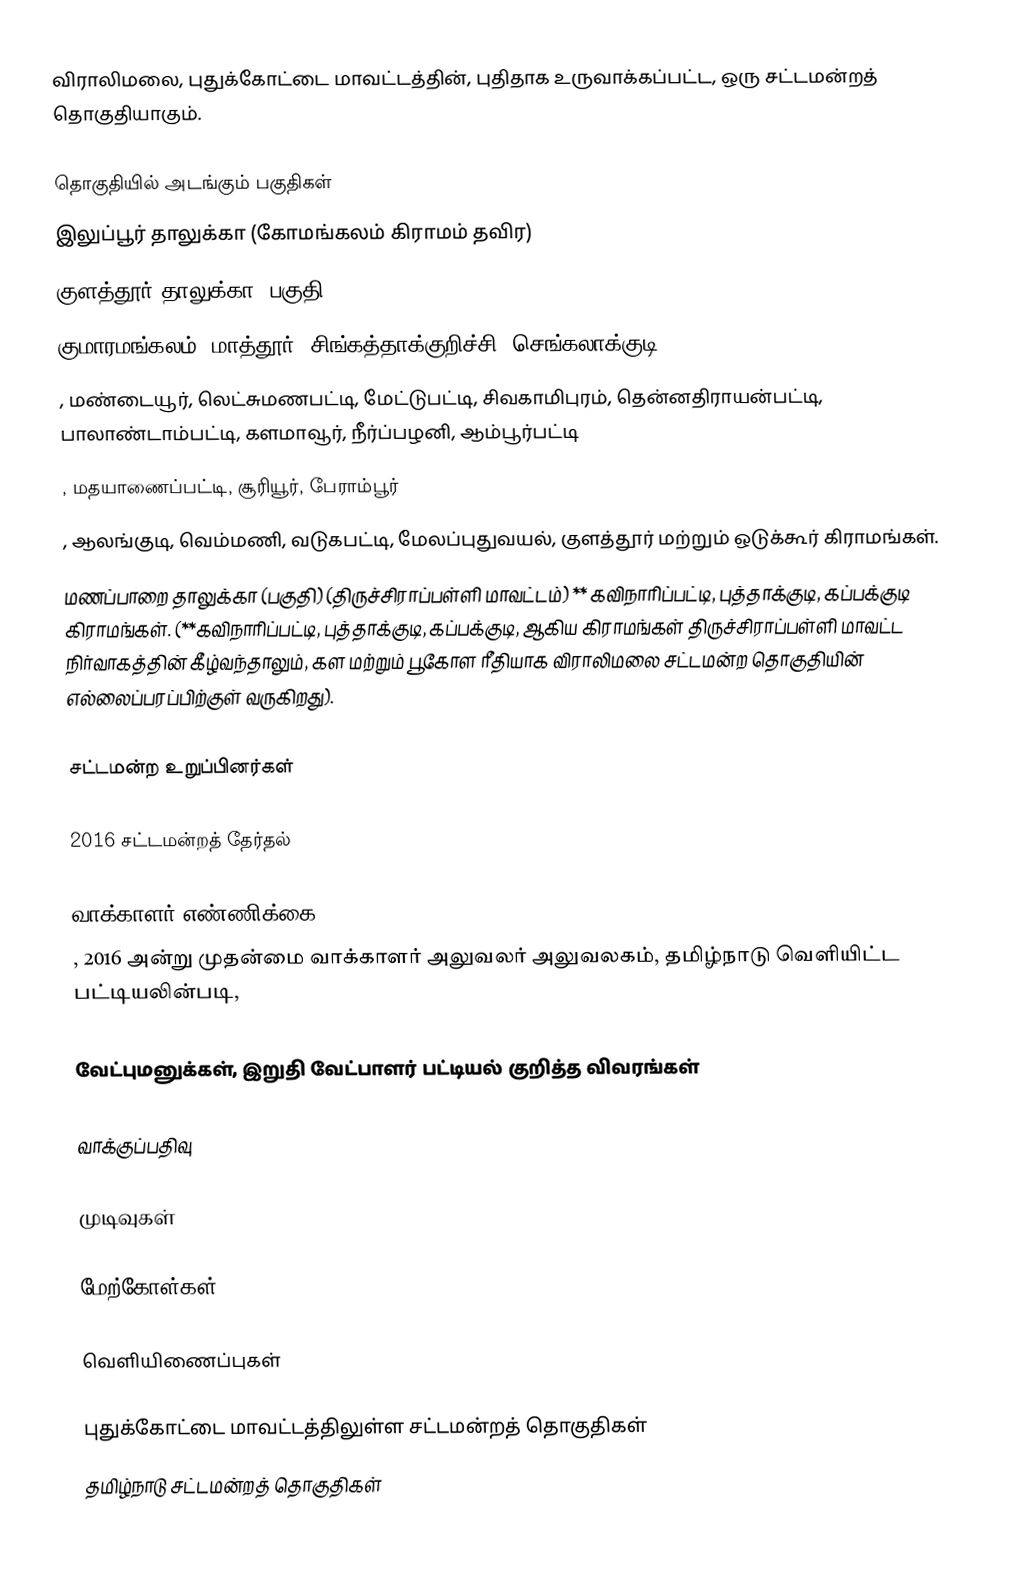
விராலிமலை, புதுக்கோட்டை மாவட்டத்தின், புதிதாக உருவாக்கப்பட்ட, ஒரு சட்டமன்றத் தொகுதியாகும்.

தொகுதியில் அடங்கும் பகுதிகள்
இலுப்பூர் தாலுக்கா (கோமங்கலம் கிராமம் தவிர)
குளத்தூர் தாலுக்கா (பகுதி)
குமாரமங்கலம், மாத்தூர், சிங்கத்தாக்குறிச்சி, செங்கலாக்குடி
, மண்டையூர், லெட்சுமணபட்டி, மேட்டுபட்டி, சிவகாமிபுரம், தென்னதிராயன்பட்டி, பாலாண்டாம்பட்டி, களமாவூர், நீர்ப்பழனி, ஆம்பூர்பட்டி
, மதயாணைப்பட்டி, சூரியூர், பேராம்பூர்
, ஆலங்குடி, வெம்மணி, வடுகபட்டி, மேலப்புதுவயல், குளத்தூர் மற்றும் ஒடுக்கூர் கிராமங்கள்.
மணப்பாறை தாலுக்கா (பகுதி) (திருச்சிராப்பள்ளி மாவட்டம்) ** கவிநாரிப்பட்டி, புத்தாக்குடி, கப்பக்குடி கிராமங்கள். (**கவிநாரிப்பட்டி, புத்தாக்குடி, கப்பக்குடி, ஆகிய கிராமங்கள் திருச்சிராப்பள்ளி மாவட்ட நிர்வாகத்தின் கீழ்வந்தாலும், கள மற்றும் பூகோள ரீதியாக விராலிமலை சட்டமன்ற தொகுதியின் எல்லைப்பரப்பிற்குள் வருகிறது).

சட்டமன்ற உறுப்பினர்கள்

2016 சட்டமன்றத் தேர்தல்

வாக்காளர் எண்ணிக்கை
, 2016 அன்று முதன்மை வாக்காளர் அலுவலர் அலுவலகம், தமிழ்நாடு வெளியிட்ட பட்டியலின்படி,

வேட்புமனுக்கள், இறுதி வேட்பாளர் பட்டியல் குறித்த விவரங்கள்

வாக்குப்பதிவு

முடிவுகள்

மேற்கோள்கள்

வெளியிணைப்புகள்

புதுக்கோட்டை மாவட்டத்திலுள்ள சட்டமன்றத் தொகுதிகள்
தமிழ்நாடு சட்டமன்றத் தொகுதிகள்